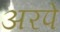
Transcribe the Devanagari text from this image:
अरपे